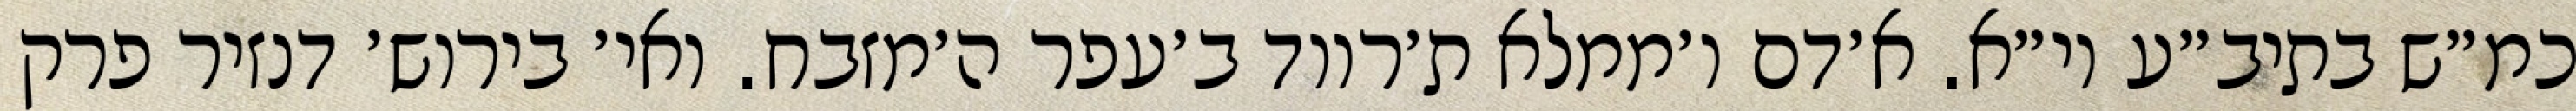
כמ״ש בתיב״ע וי״א. א׳דם ו׳ממלא ת׳רווד ב׳עפר ה׳מזבח. ואי׳ בירוש׳ דנזיר פרק